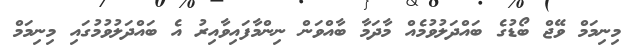
މިނިމަމް ވޭޖް ބޯޑުގެ ބައްދަލުވުމެއް މާދަމާ ބާއްވަން ނިންމާފައިވާއިރު އެ ބައްދަލުވުމުގައި މިނިމަމް